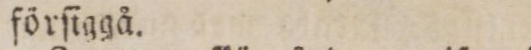
förſiggå.